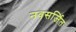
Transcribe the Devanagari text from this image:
नवसर्जित